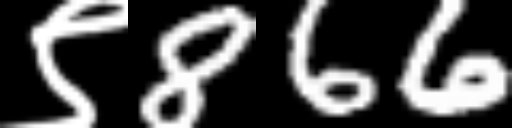
Text: ९866